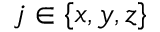
j \in \{ x , y , z \}